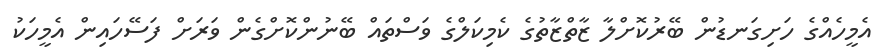
އެމީހެއްގެ ހަށިގަނޑުން ބޭރުކޮށްލާ ޒާތްޒާތުގެ ކެމިކަލްގެ ވަސްތައް ބޭނުންކޮށްގެން ވަރަށް ފަސޭހައިން އެމީހަކު